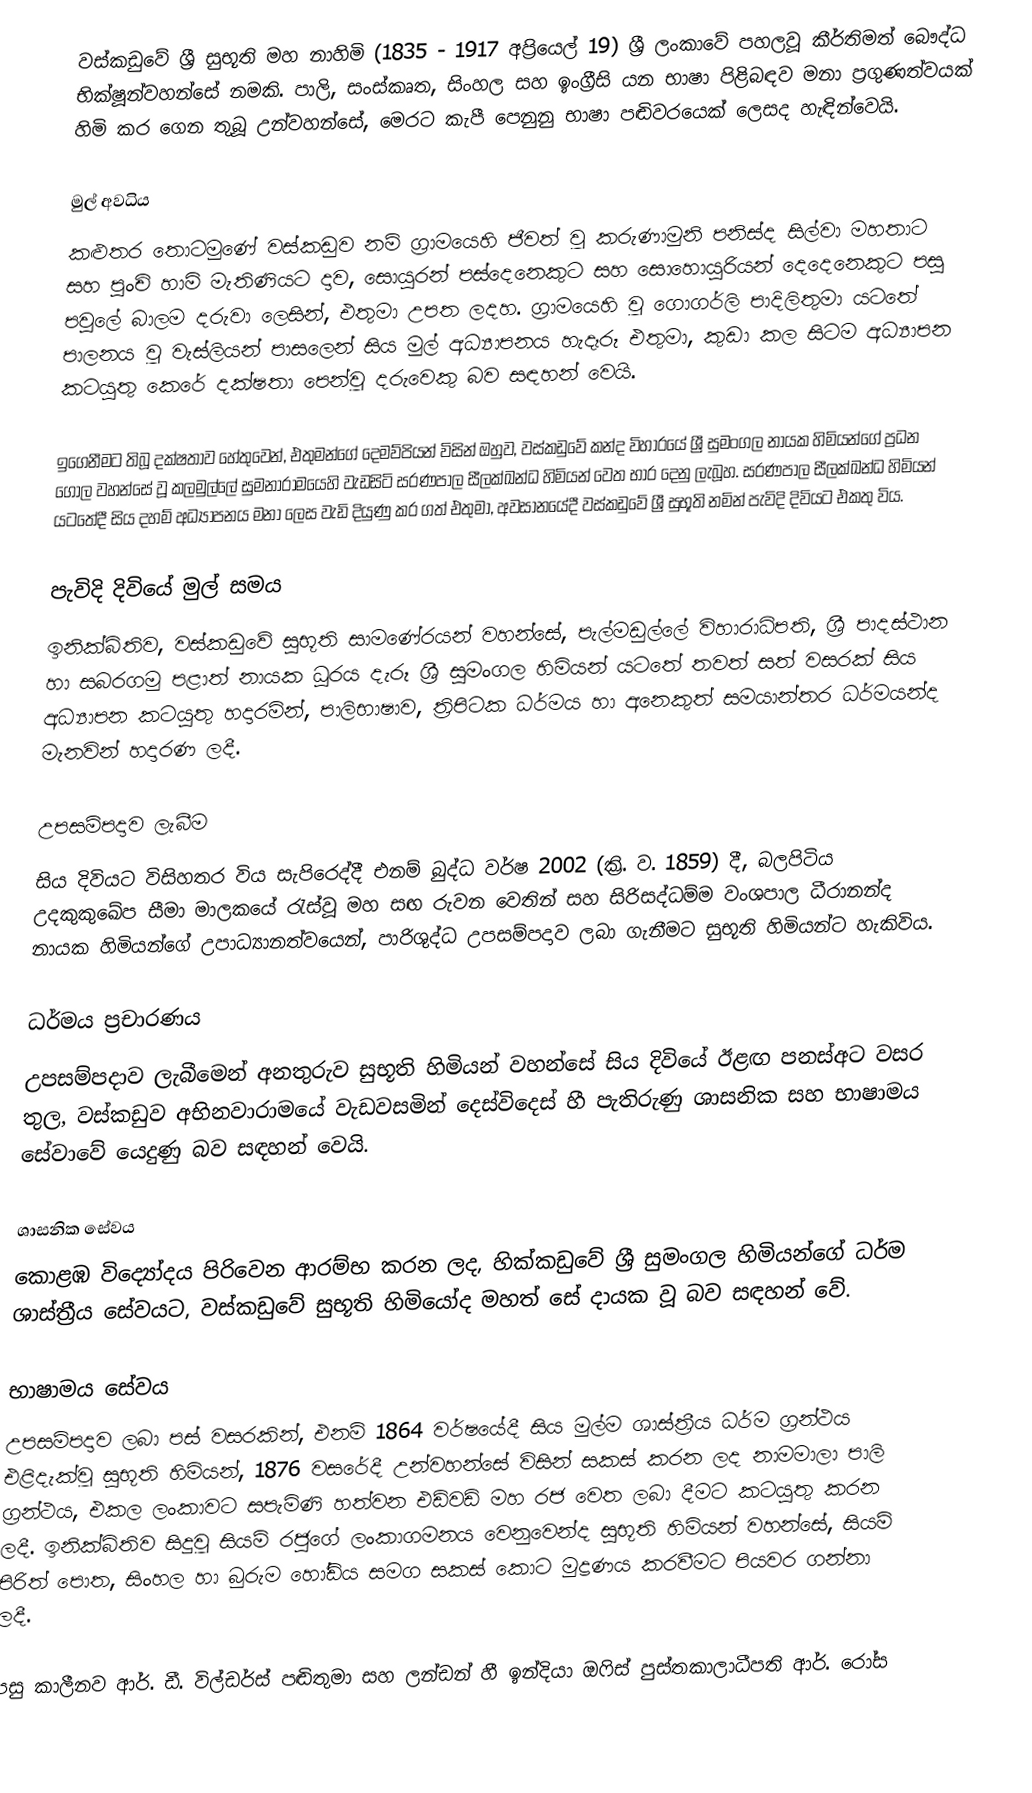
වස්කඩුවේ ශ්‍රී සුභූති මහ නාහිමි (1835 - 1917 අප්‍රියෙල් 19) ශ්‍රී ලංකාවේ පහලවූ කීර්තිමත් බෞද්ධ භික්ෂූන්වහන්සේ නමකි. පාලි, සංස්කෘත, සිංහල සහ ඉංග්‍රීසි යන භාෂා පිළිබඳව මනා ප්‍රගුණත්වයක් හිමි කර ගෙන තුබූ උන්වහන්සේ, මෙරට කැපී පෙනුනු භාෂා පඬිවරයෙක් ලෙසද හැඳින්වෙයි.

මුල් අවධිය
කළුතර තොටමුණේ වස්කඩුව නම් ග්‍රාමයෙහි ජීවත් වූ කරුණාමුනි පනිස්ද සිල්වා මහතාට සහ පුංචි හාමි මැතිණියට දාව, සොයුරන් පස්දෙනෙකුට සහ සොහොයුරියන් දෙදෙනෙකුට පසු පවුලේ බාලම දරුවා ලෙසින්, එතුමා උපත ලදහ. ග්‍රාමයෙහි වූ ගොගර්ලි පාදිලිතුමා යටතේ පාලනය වූ වැස්ලියන් පාසලෙන් සිය මුල් අධ්‍යාපනය හැදෑරූ එතුමා, කුඩා කල සිටම අධ්‍යාපන කටයුතු කෙරේ දක්ෂතා පෙන්වූ දරුවෙකු බව සඳහන් වෙයි.

ඉගෙනීමට තිබූ දක්ෂතාව හේතුවෙන්, එතුමන්ගේ දෙමව්පියන් විසින් ඔහුව, වස්කඩුවේ කන්ද විහාරයේ ශ්‍රී සුමංගල නායක හිමියන්ගේ ප්‍රධන ගෝල වහන්සේ වූ කලමුල්ලේ සුමනාරාමයෙහි වැඩසිටි සරණපාල සීලක්ඛන්ධ හිමියන් වෙත භාර දෙනු ලැබූහ. සරණපාල සීලක්ඛන්ධ හිමියන් යටතේදී සිය දහම් අධ්‍යාපනය මනා ලෙස වැඩි දියුණු කර ගත් එතුමා, අවසානයේදී වස්කඩුවේ ශ්‍රී සුභූති නමින් පැවිදි දිවියට එකතු විය.

පැවිදි දිවියේ මුල් සමය
ඉනික්බිතිව, වස්කඩුවේ සුභූති සාමණේරයන් වහන්සේ, පැල්මඩුල්ලේ විහාරාධිපති, ශ්‍රී පාදස්ථාන හා සබරගමු පළාත් නායක ධූරය දැරූ ශ්‍රී සුමංගල හිමියන් යටතේ තවත් සත් වසරක් සිය අධ්‍යාපන කටයුතු හදාරමින්, පාලිභාෂාව, ත්‍රිපිටක ධර්මය හා අනෙකුත් සමයාන්තර ධර්මයන්ද මැනවින් හදාරණ ලදී.

උපසම්පදාව ලැබීම
සිය දිවියට විසිහතර විය සැපිරෙද්දී එනම් බුද්ධ වර්ෂ 2002 (ක්‍රි. ව. 1859) දී, බලපිටිය උදකුකුඛේප සීමා මාලකයේ රැස්වූ මහ සඟ රුවන වෙතින් සහ සිරිසද්ධම්ම වංශපාල ධීරානන්ද නායක හිමියන්ගේ උපාධ්‍යානත්වයෙන්, පාරිශුද්ධ උපසම්පදාව ලබා ගැනීමට සුභූති හිමියන්ට හැකිවිය.

ධර්මය ප්‍රචාරණය
උපසම්පදාව ලැබීමෙන් අනතුරුව සුභූති හිමියන් වහන්සේ සිය දිවියේ ඊළඟ පනස්අට වසර තුල, වස්කඩුව අභිනවාරාමයේ වැඩවසමින් දෙස්විදෙස් හී පැතිරුණු ශාසනික සහ භාෂාමය සේවාවේ යෙදුණු බව සඳහන් වෙයි.

ශාසනික සේවය
කොළඹ විද්‍යෝදය පිරිවෙන ආරම්භ කරන ලද, හික්කඩුවේ ශ්‍රී සුමංගල හිමියන්ගේ ධර්ම ශාස්ත්‍රීය සේවයට, වස්කඩුවේ සුභූති හිමියෝද මහත් සේ දායක වූ බව සඳහන් වේ.

භාෂාමය සේවය
උපසම්පදාව ලබා පස් වසරකින්, එනම් 1864 වර්ෂයේදී සිය මුල්ම ශාස්ත්‍රීය ධර්ම ග්‍රන්ථය එළිදැක්වූ සුභූති හිමියන්, 1876 වසරේදී උන්වහන්සේ විසින් සකස් කරන ලද නාමමාලා පාලි ග්‍රන්ථය, එකල ලංකාවට සපැමිණි හත්වන එඩ්වඩ් මහ රජ වෙත ලබා දීමට කටයුතු කරන ලදී.  ඉනික්බිතිව සිදුවූ සියම් රජුගේ ලංකාගමනය වෙනුවෙන්ද සුභූති හිමියන් වහන්සේ, සියම් පිරිත් පොත, සිංහල හා බුරුම හෝඩිය සමග සකස් කොට මුද්‍රණය කරවීමට පියවර ගන්නා ලදී.

පසු කාලීනව ආර්. ඩී. විල්ඩර්ස් පඬිතුමා සහ ලන්ඩන් හී ඉන්දියා ඔෆිස් පුස්තකාලාධීපති ආර්. රෝස